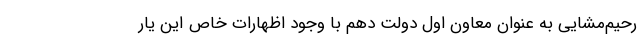
رحیم‌مشایی به عنوان معاون اول دولت دهم با وجود اظهارات خاص این یار